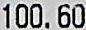
100.60